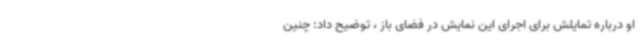
او درباره تمایلش برای اجرای این نمایش در فضای باز ، توضیح داد: چنین